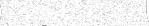
-